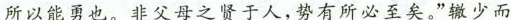
所以能勇也。非父母之贤于人，势有所必至矣。”辙少而